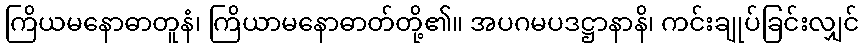
ကြိယမနောဓာတူနံ၊ ကြိယာမနောဓာတ်တို့၏။ အပဂမပဒဋ္ဌာနာနိ၊ ကင်းချုပ်ခြင်းလျှင်